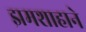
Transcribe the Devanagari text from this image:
झमशाहाने